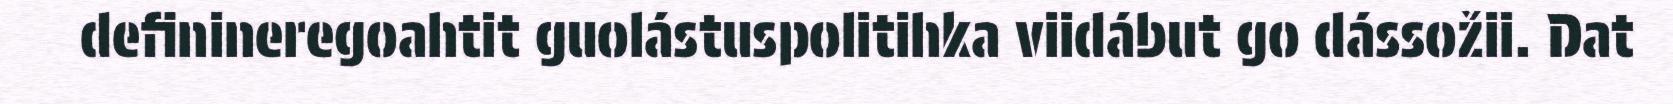
definineregoahtit guolástuspolitihka viidábut go dássožii. Dat